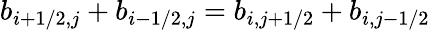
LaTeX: b_{i+1/2,j}+b_{i-1/2,j}=b_{i,j+1/2}+b_{i,j-1/2}